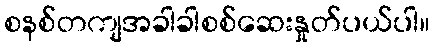
စနစ်တကျအခါခါစစ်ဆေးနှုတ်ပယ်ပါ။